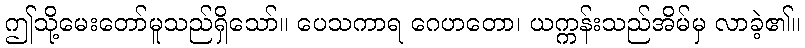
ဤသို့မေးတော်မူသည်ရှိသော်။ ပေသကာရ ဂေဟတော၊ ယက္ကန်းသည်အိမ်မှ လာခဲ့၏။